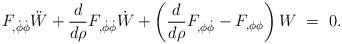
LaTeX: \begin{align*}F_{,\dot{\phi}\dot{\phi}} \ddot{W} + {d \over d\rho} F_{,\dot{\phi} \dot{\phi}} \dot{W} + \left( {d \over d\rho} F_{,\phi \dot{\phi}} - F_{,\phi \phi} \right) W~=~0.\end{align*}